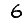
Digit: 6